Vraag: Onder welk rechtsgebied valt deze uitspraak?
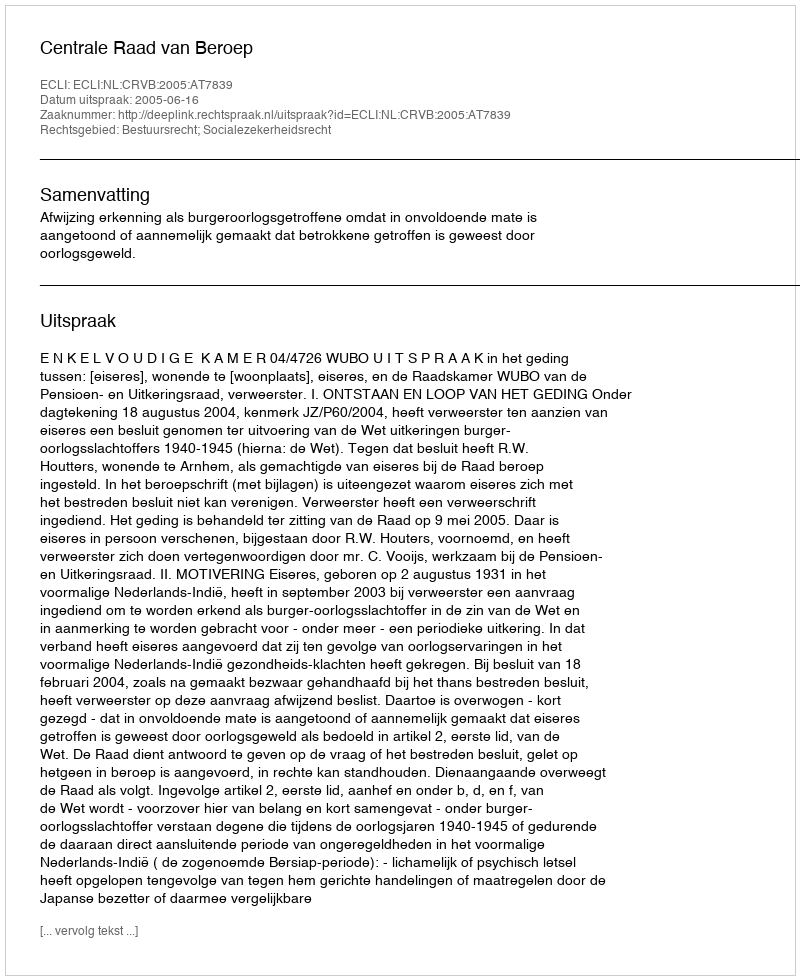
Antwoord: Bestuursrecht; Socialezekerheidsrecht